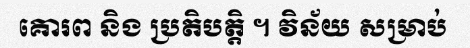
គោរព និង ប្រតិបត្តិ ។ វិន័យ សម្រាប់